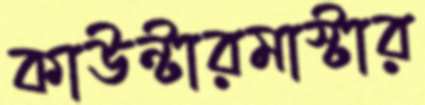
কাউন্টারমাস্টার